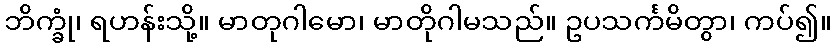
ဘိက္ခုံ၊ ရဟန်းသို့။ မာတုဂါမော၊ မာတိုဂါမသည်။ ဥပသင်္ကမိတွာ၊ ကပ်၍။